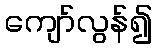
ကျော်လွန်၍